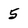
Character: 5